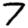
Digit: 7